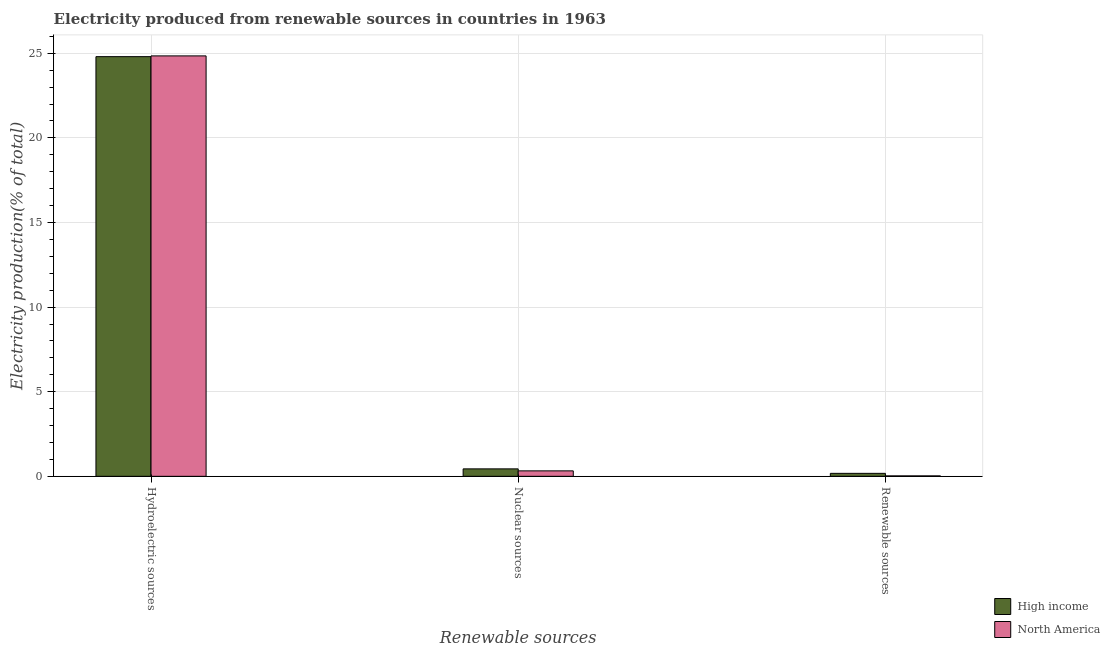
| Renewable sources | High income | North America |
 | --- | --- | --- |
 | Hydroelectric sources | 24.8 | 24.8 |
 | Nuclear sources | 0.441 | 0.322 |
 | Renewable sources | 0.176 | 0.0261 |